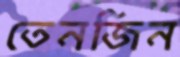
তেনজিন